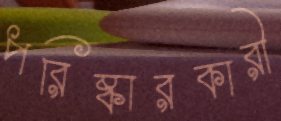
পরিষ্কারকারী